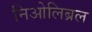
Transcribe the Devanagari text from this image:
निओलिब्रल